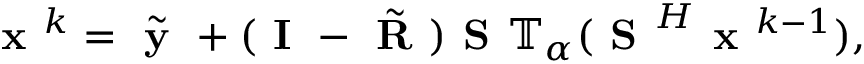
\textbf { x } ^ { k } = \tilde { \textbf { y } } + ( \textbf { I } - \tilde { \textbf { R } } ) \textbf { S } \mathbb { T } _ { \alpha } ( \textbf { S } ^ { H } \textbf { x } ^ { k - 1 } ) ,